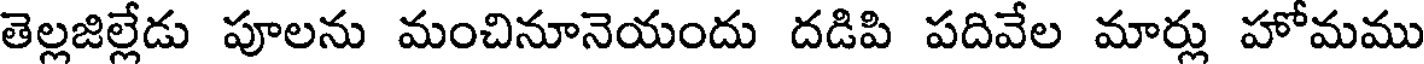
తెల్లజిల్లేడు పూలను మంచినూనెయందు దడిపి పదివేల మార్లు హోమము